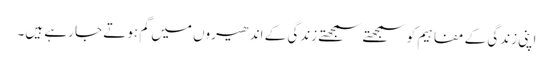
اپنی زندگی کے مفاہیم کو سمجھتے سمجھتے زندگی کے اندھیروں میں گم ہوتے جا رہے ہیں۔